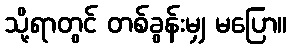
သို့ရာတွင် တစ်ခွန်းမျှ မပြော။